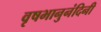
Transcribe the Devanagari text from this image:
वृषभानुनंदिनी